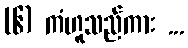
(၆) ကံဟူသည်ကား ...